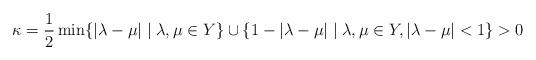
LaTeX: \begin{align*}\kappa=\frac{1}{2}\min\{|\lambda-\mu|\mid \lambda,\mu\in Y\}\cup\{1-|\lambda-\mu|\mid \lambda,\mu\in Y, |\lambda-\mu|<1\}>0\end{align*}